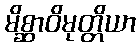
မိစ္ဆာဝိမုတ္တိယာ